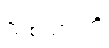
သစ်သားကို